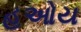
હઓય